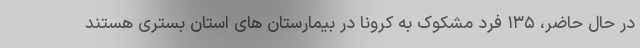
در حال حاضر، ۱۳۵ فرد مشکوک به کرونا در بیمارستان های استان بستری هستند